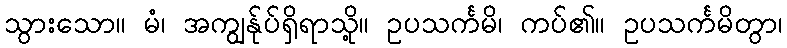
သွားသော။ မံ၊ အကျွန်ုပ်ရှိရာသို့။ ဥပသင်္ကမိ၊ ကပ်၏။ ဥပသင်္ကမိတွာ၊